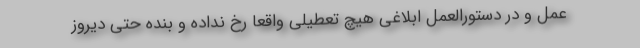
عمل و در دستورالعمل ابلاغی هیچ تعطیلی واقعاً رخ نداده و بنده حتی دیروز